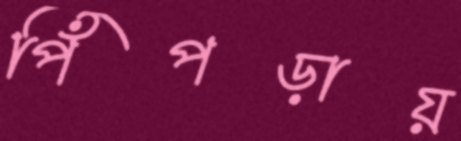
পিঁপড়ায়